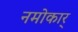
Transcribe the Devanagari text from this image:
नमोकार्